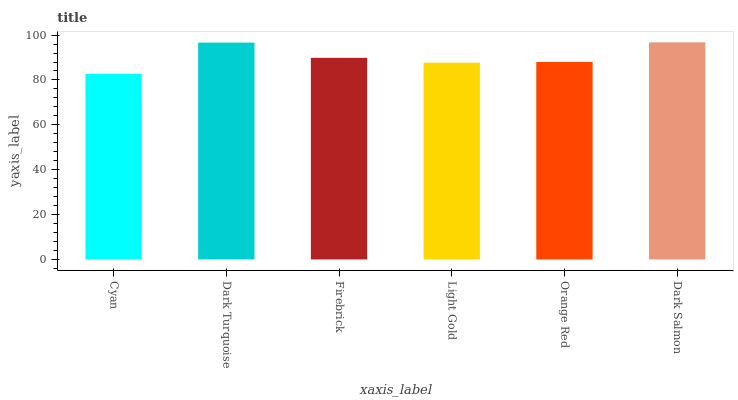
| xaxis_label | bars |
 | --- | --- |
 | Cyan | 82.7 |
 | Dark Turquoise | 96.6 |
 | Firebrick | 89.9 |
 | Light Gold | 87.7 |
 | Orange Red | 88 |
 | Dark Salmon | 96.8 |